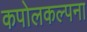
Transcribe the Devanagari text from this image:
कपोलकल्पना